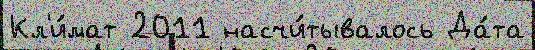
Кл'и́мат 2011 насчи́тывалось Да́та